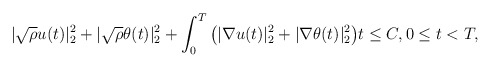
\begin{align*}|\sqrt{\rho}u(t)|^2_{ 2}+|\sqrt{\rho}\theta(t)|^2_{ 2}+\int_{0}^{T}\big(|\nabla u(t)|^2_{2}+|\nabla \theta(t)|^2_{2}\big)t\leq C,0\leq t< T,\end{align*}